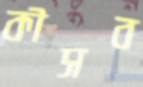
কীসব